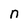
Character: n